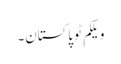
ویلکم ٹو پاکستان۔